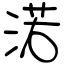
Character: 渃